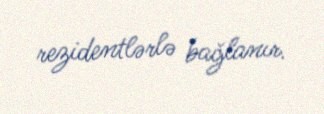
rezidentlərlə bağlanır.